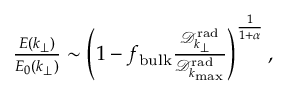
\begin{array} { r } { \frac { E ( k _ { \perp } ) } { E _ { 0 } ( k _ { \perp } ) } \sim \left( 1 - f _ { \mathrm { b u l k } } \frac { { \mathcal D } _ { k _ { \perp } } ^ { \mathrm { r a d } } } { { \mathcal D } _ { k _ { \operatorname* { m a x } } } ^ { \mathrm { r a d } } } \right) ^ { \frac { 1 } { 1 + \alpha } } , } \end{array}